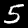
Label: 5